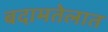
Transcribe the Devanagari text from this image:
बदामतेलात